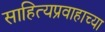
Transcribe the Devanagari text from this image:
साहित्यप्रवाहाच्या